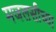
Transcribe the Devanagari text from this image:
मजलसीच्या